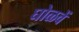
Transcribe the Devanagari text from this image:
घोळवें